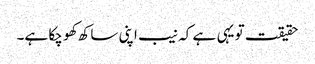
حقیقت تو یہی ہے کہ نیب اپنی ساکھ کھو چکا ہے۔